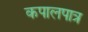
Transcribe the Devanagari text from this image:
कपालपात्र